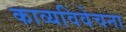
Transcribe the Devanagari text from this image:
काव्यविवेचना